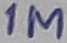
Text: 1M